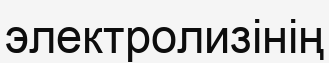
электролизінің